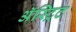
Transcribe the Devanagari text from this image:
अॅस्ट्रिट